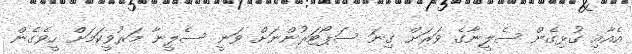
އެއާއި ގުޅިގެން ސެލީނާގެ ވަރަށް ގިނަ ސަޕޯޓަރުންނަށް ވަނީ ސެލީނާ މަރުވީކަމަށް ހީވެގެން